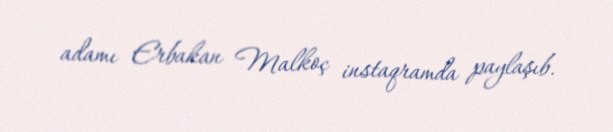
adamı Erbakan Malkoç instaqramda paylaşıb.